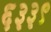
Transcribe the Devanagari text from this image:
६३३९